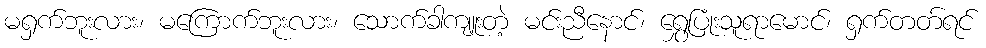
မရှက်ဘူးလား၊ မကြောက်ဘူးလား၊ သောက်ခါကျူးတဲ့ မင်းညီနောင်၊ ရွှေပြုံးသူရာမောင်၊ ရှက်တတ်ရင်